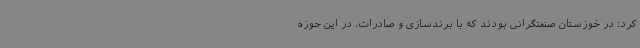
کرد: در خوزستان صنعتگرانی بودند که با برندسازی و صادرات، در این حوزه